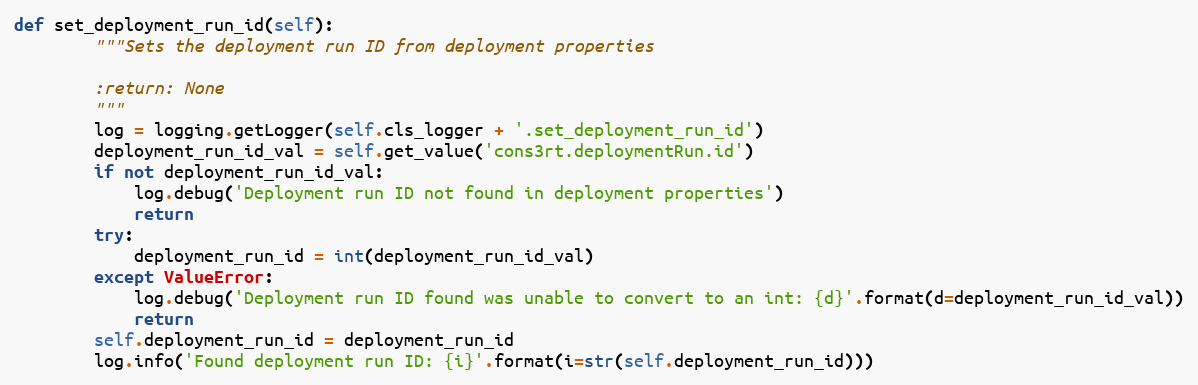
Language: Python
def set_deployment_run_id(self):
        """Sets the deployment run ID from deployment properties

        :return: None
        """
        log = logging.getLogger(self.cls_logger + '.set_deployment_run_id')
        deployment_run_id_val = self.get_value('cons3rt.deploymentRun.id')
        if not deployment_run_id_val:
            log.debug('Deployment run ID not found in deployment properties')
            return
        try:
            deployment_run_id = int(deployment_run_id_val)
        except ValueError:
            log.debug('Deployment run ID found was unable to convert to an int: {d}'.format(d=deployment_run_id_val))
            return
        self.deployment_run_id = deployment_run_id
        log.info('Found deployment run ID: {i}'.format(i=str(self.deployment_run_id)))